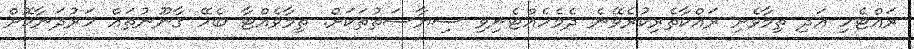
ރައްޓެހި އަދި ތިމާވެށި ރައްކާތެރިކުރެވޭނެ ދެމެހެއްޓެނިވި ސިޔާސަތުތަކަށް. ތިމާވެއްޓާ ބެހޭ ގާނޫނުތައް ހަރުދަނާކޮށް